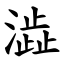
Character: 澁